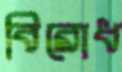
বিরোধ